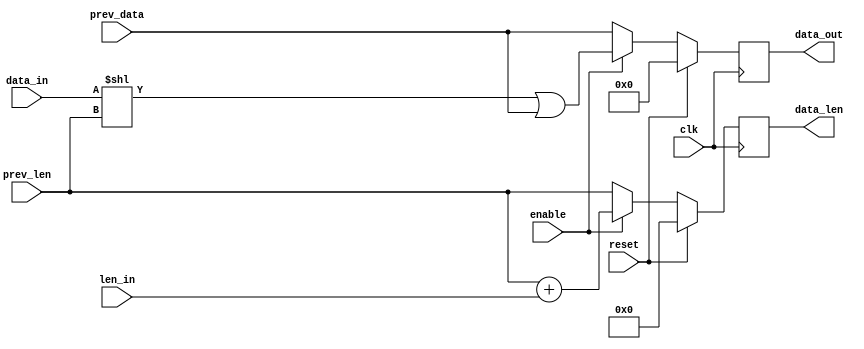
module shift_reg_128bits(
	clk, 
	reset, 
	prev_data, 
	data_in, 
	len_in, 
	enable, 	
	prev_len,
	data_out, 
	data_len
);

input 	clk, reset; 
input 	enable;// enable means lower half of previous is full
input 	[127:0] 	prev_data;
input 	[31:0]	data_in;
input 	[5:0]	len_in;
input 	[7:0]	prev_len;
output 	[127:0] 	data_out;
output 	[7:0] 	data_len;

reg   [127:0]  data_out_reg;
reg   [7:0]	  data_len_reg;

always @(posedge clk)
begin
	if(reset)
	begin
		data_out_reg <= 128'd0;
		data_len_reg <= 8'd0;
	end

	else
	if(enable)
		begin
			data_out_reg <= (data_in << prev_len) | prev_data;
			data_len_reg <= prev_len + len_in;
		end

		else
			begin
				data_out_reg <= prev_data;
				data_len_reg <= prev_len;
			end
end  

assign data_out = data_out_reg;
assign data_len = data_len_reg;


endmodule